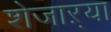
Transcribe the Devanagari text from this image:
शेजाऱ्या